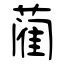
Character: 蔺